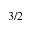
3 / 2